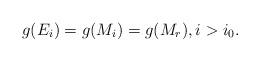
LaTeX: \begin{align*} g(E_i) = g(M_i) = g(M_r), i > i_0.\end{align*}